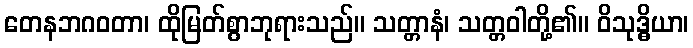
တေနဘဂဝတာ၊ ထိုမြတ်စွာဘုရားသည်။ သတ္တာနံ၊ သတ္တဝါတို့၏။ ဝိသုဒ္ဓိယာ၊